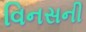
વિનસની